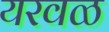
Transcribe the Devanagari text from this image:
यरवळ